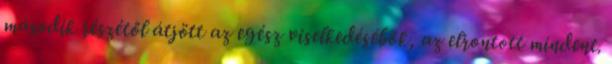
második részétől átjött az egész viselkedésébők, az elrontott mindent.